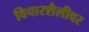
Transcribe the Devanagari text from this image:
विचारशैलीवर